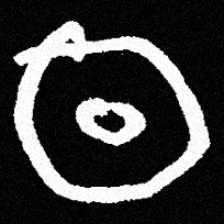
Pyu character \u2014 Myanmar letter: ထ (romanized: tha)